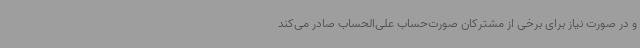
و در صورت نیاز برای برخی از مشترکان صورت‌حساب علی‌الحساب صادر می‌کند